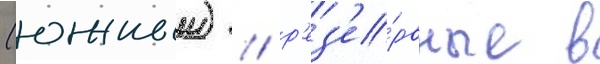
(южныи) / р'ез'е́рвные в